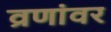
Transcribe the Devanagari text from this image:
व्रणांवर